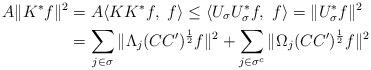
LaTeX: \begin{align*}A\Vert K^{*}f\Vert^{2} &= A\langle K K^{*}f,\ f\rangle\leq\langle U_{\sigma}U_{\sigma}^{*}f,\ f\rangle=\Vert U_{\sigma}^{*}f\Vert^{2}\\& = \sum_{j\in\sigma}\Vert\Lambda_{j}(CC')^{\frac{1}{2}}f\Vert^{2}+\sum_{j\in\sigma^{c}}\Vert\Omega_{j}(CC')^{\frac{1}{2}}f\Vert^{2}\end{align*}